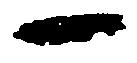
一